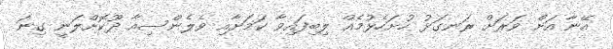
އޭނާ އަށް ވަރަށް ރަނގަޅު ހުށަހެޅުމެއް ލިބިފައިވާ ކަމަށާއި ވެލެންސިއާ ދޫކޮށްލަނީ ގިނަ